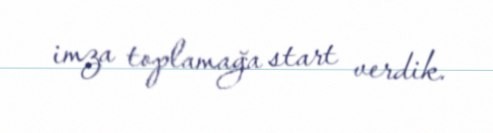
imza toplamağa start verdik.